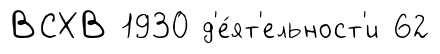
ВСХВ 1930 д'е́ят'ельност'и 62